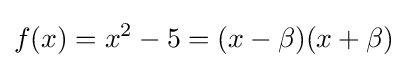
f(x)=x^{2}-5=(x-\beta )(x+\beta )